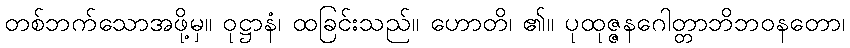
တစ်ဘက်သောအဖို့မှ။ ဝုဋ္ဌာနံ၊ ထခြင်းသည်။ ဟောတိ၊ ၏။ ပုထုဇ္ဇနဂေါတ္တာဘိဘဝနတော၊